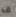
قد